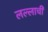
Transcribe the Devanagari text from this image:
लल्लाची